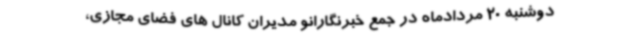
دوشنبه 20 مردادماه در جمع خبرنگارانو مدیران کانال های فضای مجازی،